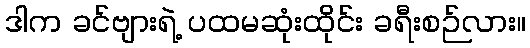
ဒါက ခင်ဗျားရဲ့ ပထမဆုံးထိုင်း ခရီးစဉ်လား။